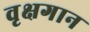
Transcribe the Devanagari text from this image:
वृक्षगान